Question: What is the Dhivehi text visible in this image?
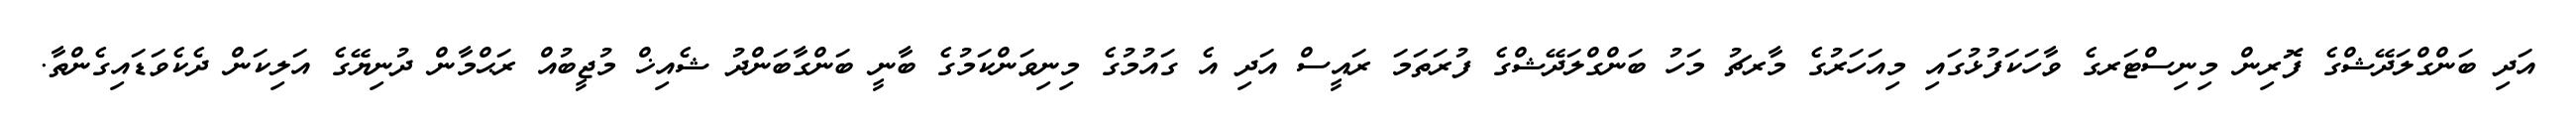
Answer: އަދި ބަންގްލަދޭޝްގެ ފޮރިން މިނިސްޓަރގެ ވާހަކަފުޅުގައި މިއަހަރުގެ މާރޗު މަހު ބަންގްލަދޭޝްގެ ފުރަތަމަ ރައީސް އަދި އެ ގައުމުގެ މިނިވަންކަމުގެ ބާނީ ބަންގާބަންދު ޝެއިޚް މުޖީބުއް ރަޙްމާން ދުނިޔޭގެ އަލިކަން ދެކެވަޑައިގެންތާ.